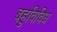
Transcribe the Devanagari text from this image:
बहुविविध